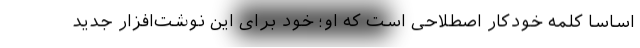
اساسا کلمه خودکار اصطلاحی است که او؛ خود برای این نوشت‌افزار جدید